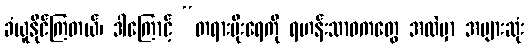
ခံယူနိုင်ကြတယ်၊ ဒါကြောင့် “တရားမိုးရေကို ရဟန်းသာဝကတွေ အထဲမှာ အများဆုံး